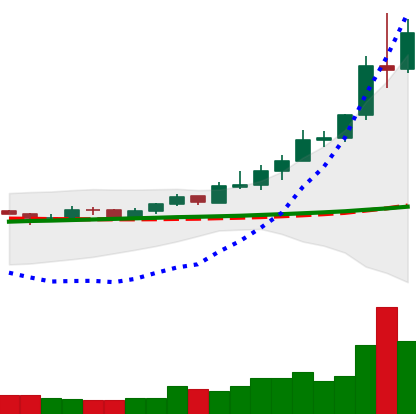
Ticker: XRP-USD
Chart end date: 2020-08-03
Forward return: -5.136%
Label: down_5_7